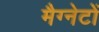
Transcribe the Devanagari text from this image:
मैग्नेटों